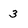
Character: 3